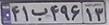
۴۱ب۴۹۶۱۳